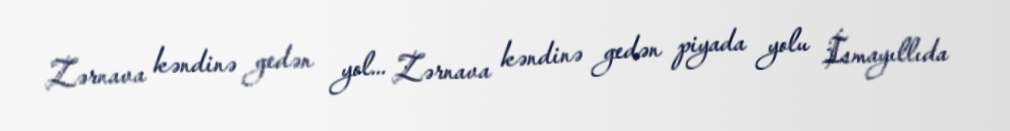
Zərnava kəndinə gedən yol... Zərnava kəndinə gedən piyada yolu İsmayıllıda